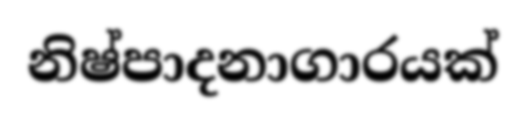
නිෂ්පාදනාගාරයක්